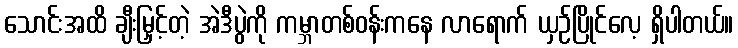
သောင်းအထိ ချီးမြှင့်တဲ့ အဲဒီပွဲကို ကမ္ဘာတစ်ဝန်းကနေ လာရောက် ယှဉ်ပြိုင်လေ့ ရှိပါတယ်။